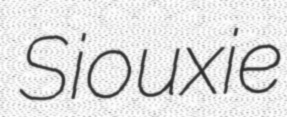
Siouxie